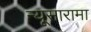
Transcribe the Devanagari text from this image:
न्यूसारामा